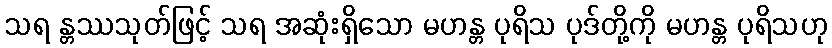
သရ န္တဿသုတ်ဖြင့် သရ အဆုံးရှိသော မဟန္တ ပုရိသ ပုဒ်တို့ကို မဟန္တ ပုရိသဟု